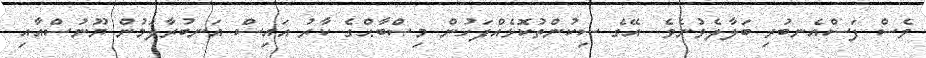
ވެސް ފަސްއެނބުރި ބަލާލެވުނެވެ. އޭގެ ސިކުންތުކޮޅެއްފަހުން މިޞްބާޙްގެ ކާރު އައިސް އަނބުރާލަމުން ޔޫނުސްއާއި